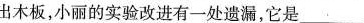
出木板，小丽的实验改进有一处遗漏，它是_________。